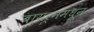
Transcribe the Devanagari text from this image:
बायर्नमधून